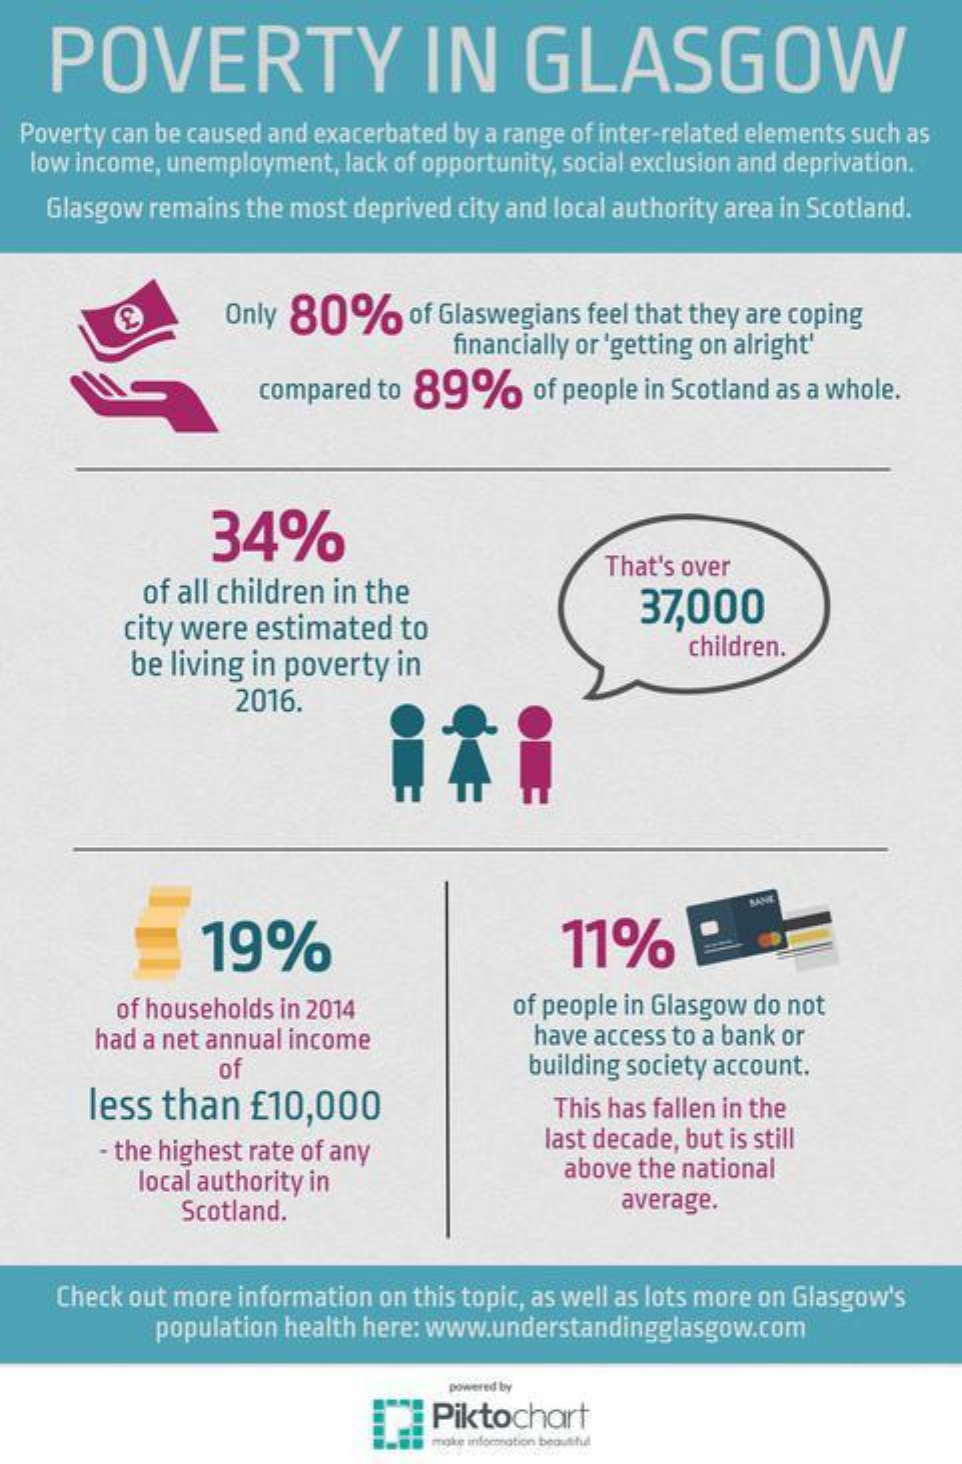
POVERTY    IN    GLASGOW
  Poverty can be caused and exacerbated by a range of inter-related elements such as
   low income, unemployment, lack of opportunity, social exclusion and deprivation.
    Glasgow remains the most deprived city and local authority area in Scotland.
     Only 80%    of Glaswegians feel that they are coping
     financially or 'getting on alright'
     compared to 89%    of people in Scotland as a whole.
     34%
     of all children in the
     That's over
     city were  estimated  to
     37,000
     be living in poverty in
     children.
     2016.
     19%    11%
     of households in 2014    of people in Glasgow do not
     had a net annual income    have access to a bank or
     of    building society account.
     less  than   £10,000    This has fallen in the
     the highest rate of any    last decade, but is still
     local authority in
     above the national
     Scotland.    average.
     Check out more information on this topic, as well as lots more on Glasgow's
     population health here: www.understandingglasgow.com
     powered by
     Piktochart
     make infoconation beautiful